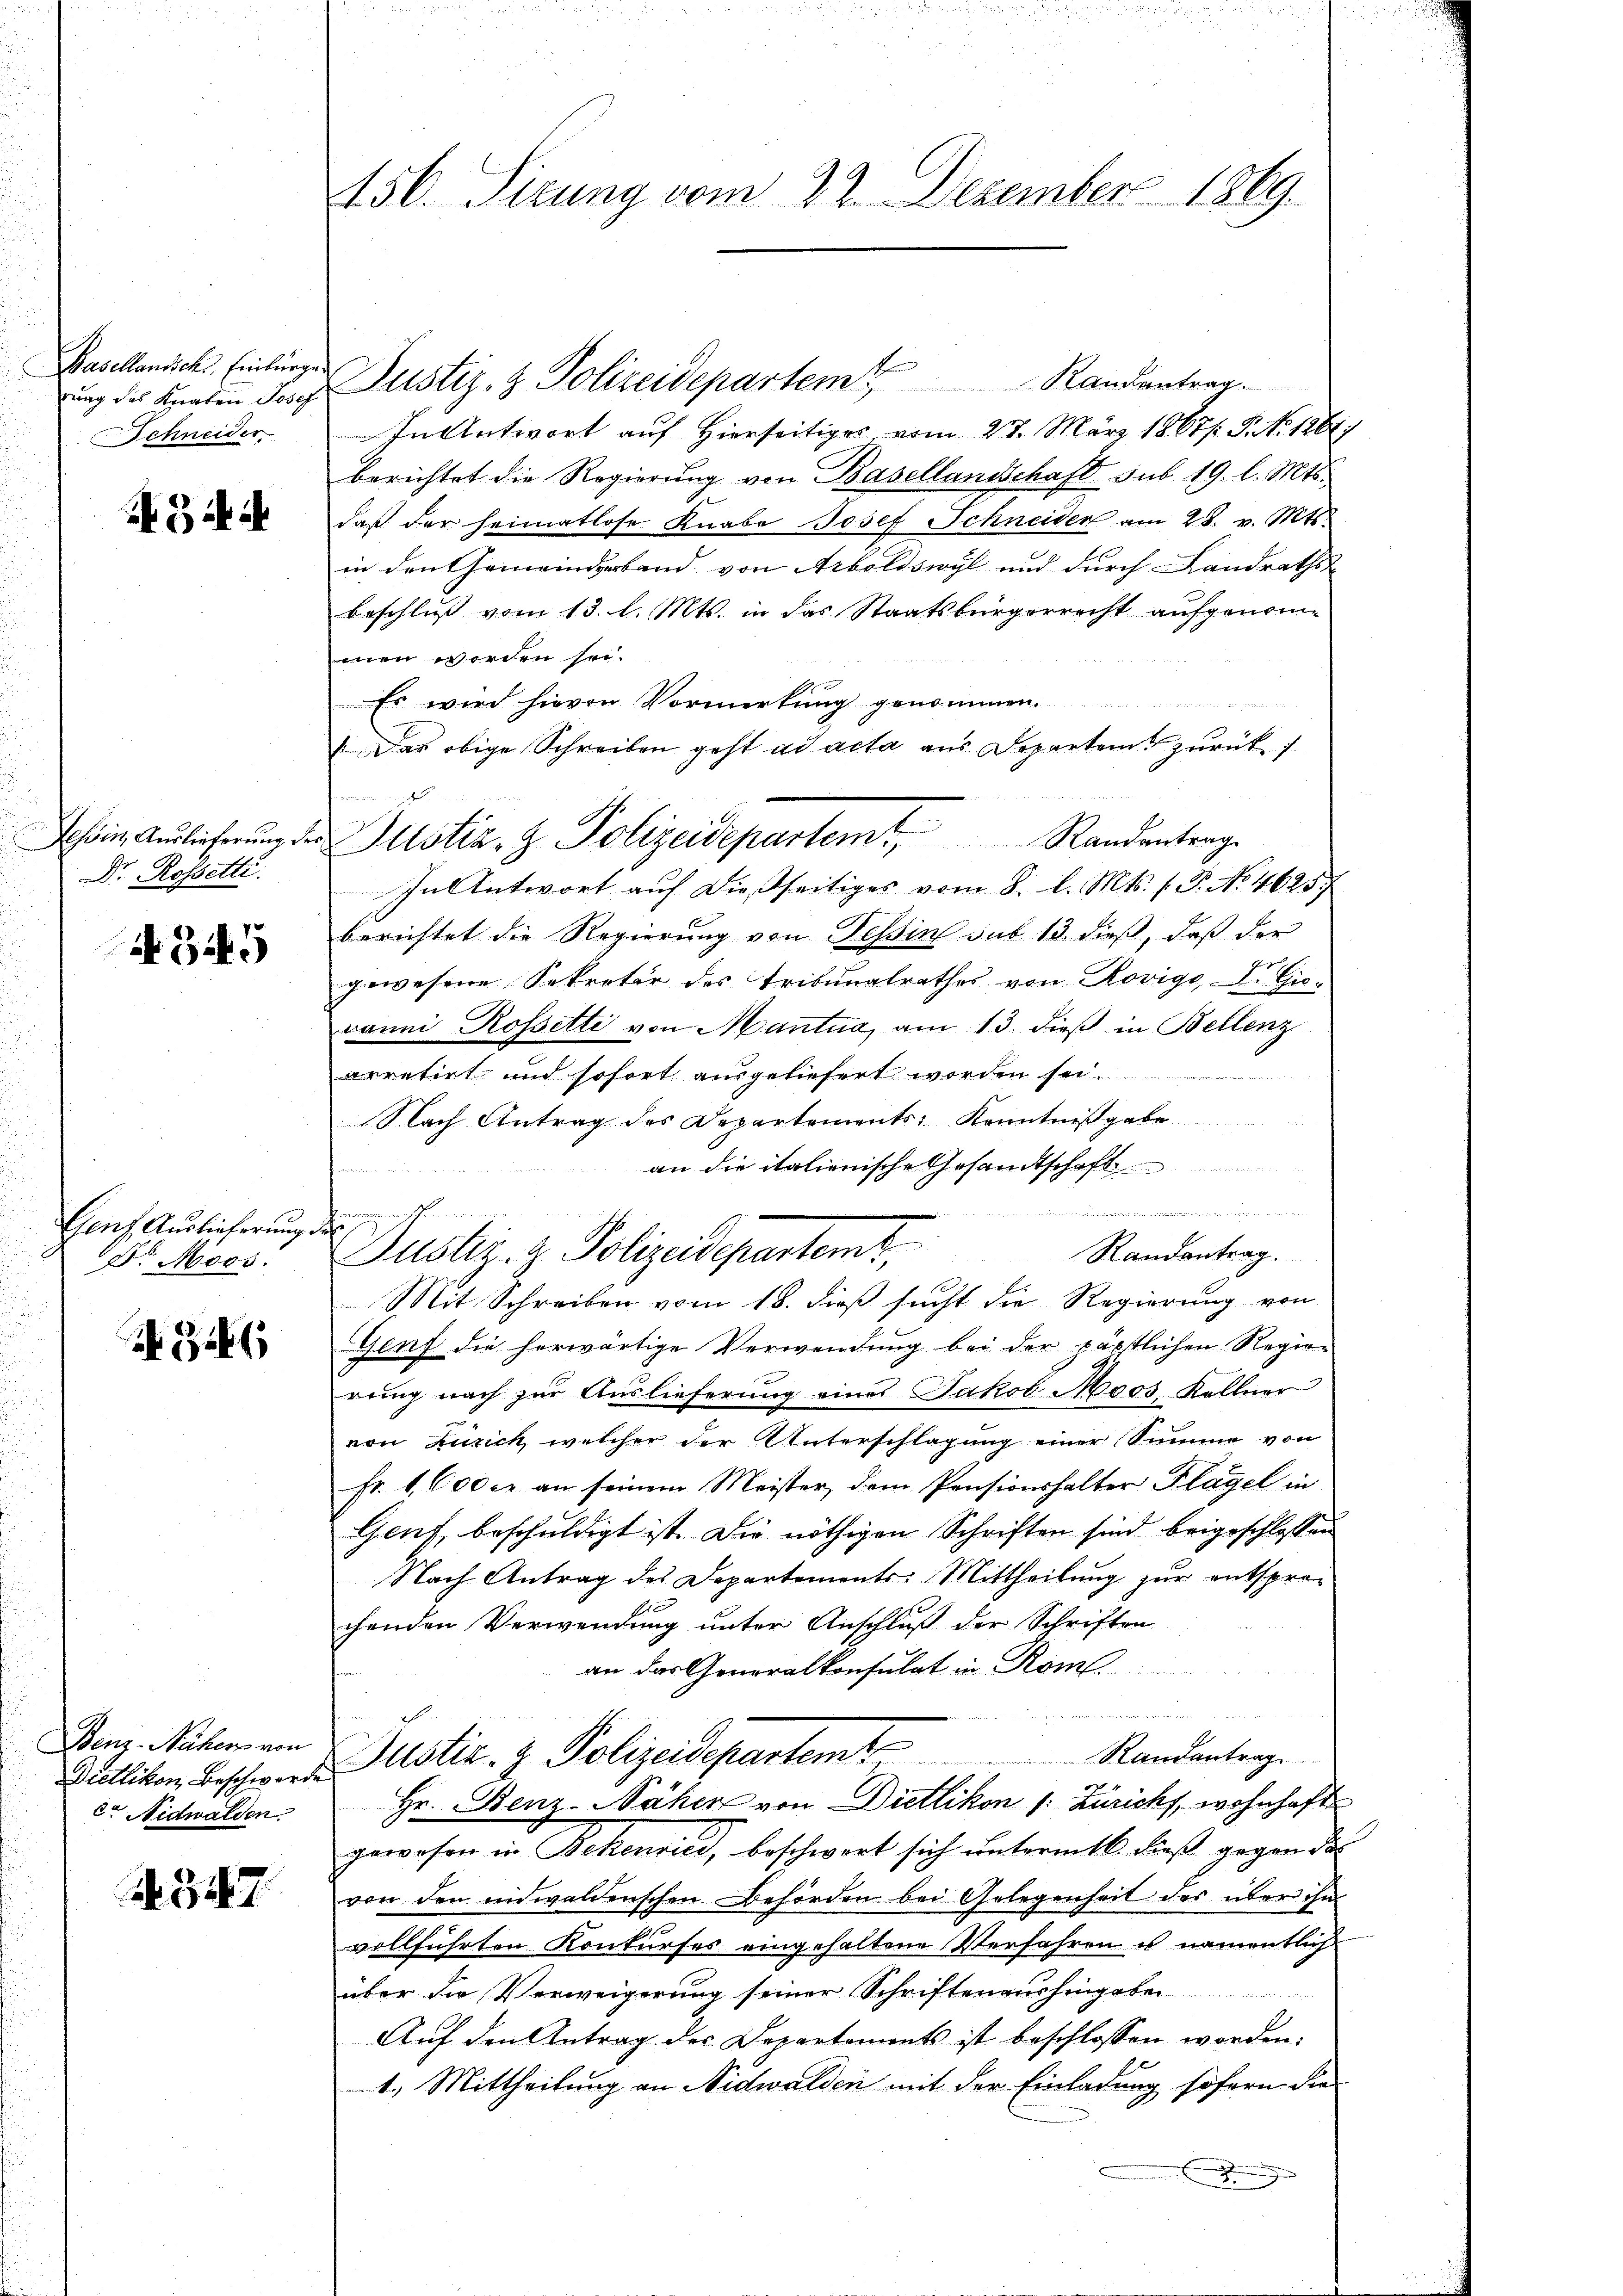
Basellansch, Einbürge
rung des Knaben Josef
Schneider

54

Tessin, Auslieferung der
Dr. Rossetti.

A 345

Genf, Auslieferung d.
Dr. Moos.

A 3

Benz-Näher von
Dietlikon, Beschwerde
r Nidwalden

3547.

156. Serung vom 22. Dezember 1869.

Justiz- & Polizeidepartem Randantrag.
In Antwort auf Hierseitiges vom 27. März 1867/. . . 1264)
berichtet die Regierung von Basellandschaft sub 19. l. Mts.
daß der heimatlose Knabe Josef Schneider am 28. v. Mts.
in den Gemeinderband von Arboldswyl und durch Landraths
Beschluß vom 13. l. Mts. in das Staatsbürgerrecht aufgenommen worden sei.
Es wird hievon Vormerkung genommen.
Das obige Schreiben geht ad acta aus Departen zurück
s
In Antwort aŭf dießseitiges vom 8. d. Mts. (T. No. 4625.
berichtet die Regierung von Tessin sub 13. dieß, daß der
gewesene Sekretär des Tribunalrathes von Rovige-S. Gievanni Rossetti von Mantua am 13. dieß in Bellenz
arretirt und sofort ausgeliefert werden se
Nach Antrag des Departements, Kenntnißgabe
an die italienische Gesandtschaft
 ne sie den in
e
Randantrag.
Mit Schreiben vom 18. dieß sucht die Regierung von
Genf die herwärtige Verwendung bei der päpstlichen Regierung nach zur Auslieferung eines Jakob Moos, Kellner
von Zürich, welcher der Unterschlagung einer Summe von
Fr. 1,600 c. an seinem Meister, dem Pensionshalter Klagel in
Genf, beschuldigt ist. Die nöthigen Schriften sind beigeschlossen
Nach Antrag des Departements-Mittheilung zur entsprechenden Verwendung unter Anschluß der Schriften
an das Generalkonsulat in Rom.
Justiz- & Polizeidepartem Randanterge
Hr. Benz-Näher von Dietlikon (: Züricht, wohnhaft
gewesen in Bekenried, beschwort sich untermtl. dieß gegen de
von den anwaldenschen Behörden bei Gelegenheit des über ihn
vollführten Konkurses eingehaltene Verfahren es namentlich
über die Verweigerung seiner Schriftenaushingeben
Auf den Antrag des Departements ist beschlossen worden.
1.) Mittheilung an Nidwalden mit der Einladung sofern die
.

Justiz- & Polizeidepartemt

Justiz- & Polizeidepartem Randentrag